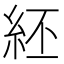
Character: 䋔